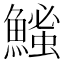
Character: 𫙵